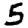
Digit: 5